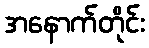
အနောက်တိုင်း